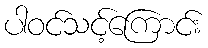
ပါဝင်သင့်ကြောင်း